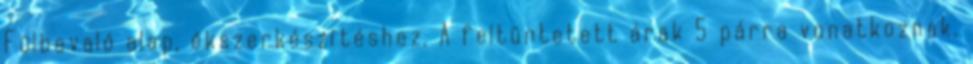
Fülbevaló alap, ékszerkészítéshez. A feltüntetett árak 5 párra vonatkoznak.